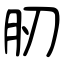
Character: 肕